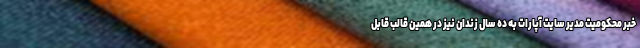
خبر محکومیت مدیر سایت آپارات به ده سال زندان نیز در همین قالب قابل